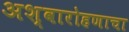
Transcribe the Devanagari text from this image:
अश्वारोहणाचा